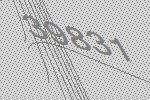
39831